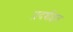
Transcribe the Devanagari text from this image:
प्रदर्शइत